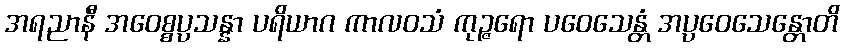
အရညာနီ အဝေစ္စပ္ပသန္နာ ပရိယာဂ ကာလဝသံ ကုဉ္ဇရော ပဝေသေန္တံ အပ္ပဝေသေန္တောတိ